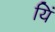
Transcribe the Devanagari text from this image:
यिं